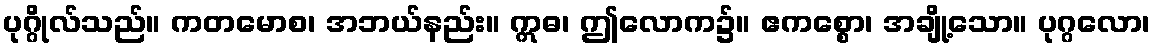
ပုဂ္ဂိုလ်သည်။ ကတမောစ၊ အဘယ်နည်း။ ဣဓ၊ ဤလောက၌။ ဧကစ္စော၊ အချို့သော။ ပုဂ္ဂလော၊